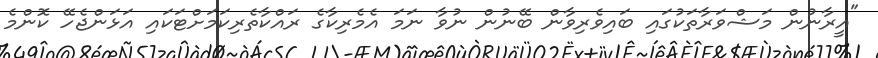
"އީރާނުން މަޝްވަރާތަކުގައި ބައިވެރިވާން ބޭނުން ނުވާ ނަމަ އެމެރިކާގެ ރައްކާތެރިކަމަށްޓަކައި އަޅަންޖެހޭ ކޮންމެ